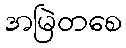
အမြဲတစေ